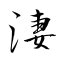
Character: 淒